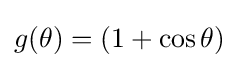
g(\theta )=(1+\cos \theta )